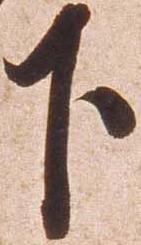
下